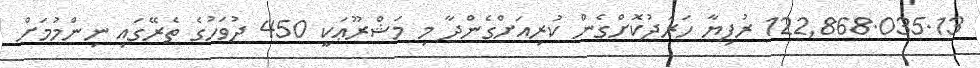
122